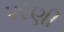
પરણી